Vaccine operations Central Provinces & Berar 1922-1929 - 1922-1929
Year: 1922
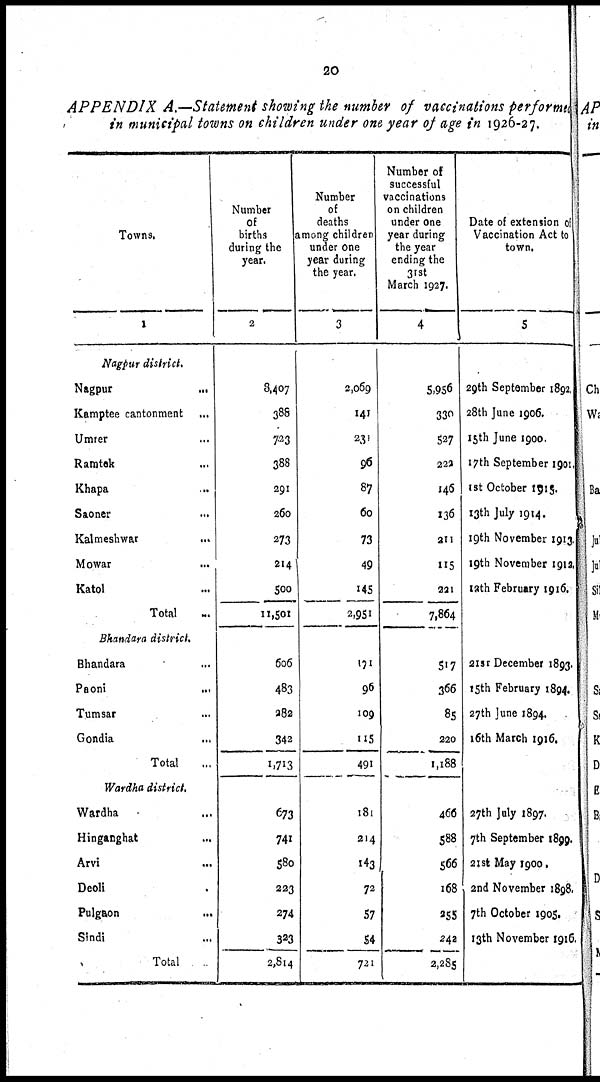
20
APPENDIX A.—Statement showing the number of vaccinations performed
in municipal towns on children under one year of age in 1926-27.
Towns.
1
Nagpur district.
Nagpur
...
Kamptee cantonment
...
Umrer ...
Ramtek ...
Khapa ...
Saoner ...
Kalmeshwar ...
Mowar ...
Katol ...
Total ...
Bhandara district.
Bhandara ...
Paoni
...
Tumsar ...
Gondia ...
Total ...
Wardha district.
Wardha ...
Hinganghat
...
Arvi
...
Deoli ...
Pulgaon ...
Sindi ...
Total ...
Number
of
births
during the
year.
2
8,407
388
723
388
291
260
273
214
500
11,501
606
483
282
342
1,713
673
741
580
223
274
323
2,814
Number
of
deaths
among children
under one
year during
the year.
3
2,069
141
231
96
87
60
73
49
145
2,951
171
96
109
115
491
181
214
143
72
57
54
721
Number of
successful
vaccinations
on children
under one
year during
the year
ending the
31st
March 1927.
4
5,956
330
527
222
146
136
211
115
221
7,864
517
366
85
220
1,188
466
588
566
168
255
242
2,285
Date of extension of
Vaccination Act to
town.
5
29th September 1892.
28th June 1906.
15th June 1900.
17th September 1901.
1st October 1915.
13th July 1914.
19th November 1913.
19t4 November 1912.
12th February 1916.
21 st December 1893.
15th February 1894.
27th June 1894.
16th March 1916.
27th July 1897.
7th September 1899.
21st May 1900.
2nd November 1898.
7th October 1905.
12th November 1916.